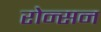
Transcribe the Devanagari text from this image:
रोन्सन